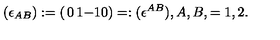
( \epsilon _ { A B } ) : = \left( \begin{matrix} { 0 } & { 1 } \\ { - 1 } & { 0 } \\ \end{matrix} \right) = : ( \epsilon ^ { A B } ) , A , B , = 1 , 2 .